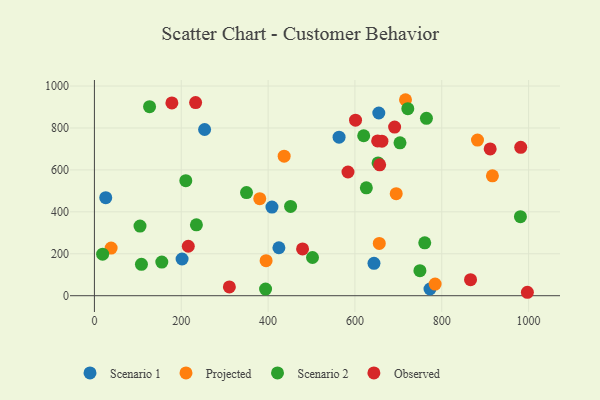
{"axis": {"x": "Investment", "y": "Salary"}, "legend": ["Observed", "Projected", "Scenario 1", "Scenario 2"], "data": [{"x": "643.9", "y": 154.7, "type": "Scenario 1"}, {"x": "655.0", "y": 871.4, "type": "Scenario 1"}, {"x": "563.5", "y": 755.9, "type": "Scenario 1"}, {"x": "253.8", "y": 792.7, "type": "Scenario 1"}, {"x": "26.1", "y": 467.4, "type": "Scenario 1"}, {"x": "201.9", "y": 175.1, "type": "Scenario 1"}, {"x": "772.9", "y": 31.9, "type": "Scenario 1"}, {"x": "408.9", "y": 422.9, "type": "Scenario 1"}, {"x": "424.9", "y": 228.7, "type": "Scenario 1"}, {"x": "656.1", "y": 249.3, "type": "Projected"}, {"x": "784.7", "y": 55.6, "type": "Projected"}, {"x": "716.5", "y": 934.7, "type": "Projected"}, {"x": "695.1", "y": 486.4, "type": "Projected"}, {"x": "395.4", "y": 167.1, "type": "Projected"}, {"x": "437.0", "y": 665.6, "type": "Projected"}, {"x": "380.8", "y": 462.6, "type": "Projected"}, {"x": "38.5", "y": 227.1, "type": "Projected"}, {"x": "882.3", "y": 742.3, "type": "Projected"}, {"x": "916.7", "y": 571.9, "type": "Projected"}, {"x": "653.3", "y": 633.4, "type": "Scenario 2"}, {"x": "764.7", "y": 845.8, "type": "Scenario 2"}, {"x": "626.3", "y": 514.3, "type": "Scenario 2"}, {"x": "451.8", "y": 426.0, "type": "Scenario 2"}, {"x": "703.8", "y": 729.2, "type": "Scenario 2"}, {"x": "502.3", "y": 182.2, "type": "Scenario 2"}, {"x": "749.7", "y": 119.6, "type": "Scenario 2"}, {"x": "350.3", "y": 492.0, "type": "Scenario 2"}, {"x": "721.8", "y": 892.1, "type": "Scenario 2"}, {"x": "394.2", "y": 31.7, "type": "Scenario 2"}, {"x": "981.2", "y": 377.0, "type": "Scenario 2"}, {"x": "105.0", "y": 332.2, "type": "Scenario 2"}, {"x": "620.2", "y": 762.8, "type": "Scenario 2"}, {"x": "18.9", "y": 198.3, "type": "Scenario 2"}, {"x": "108.3", "y": 149.7, "type": "Scenario 2"}, {"x": "760.8", "y": 252.0, "type": "Scenario 2"}, {"x": "155.2", "y": 160.4, "type": "Scenario 2"}, {"x": "210.5", "y": 548.4, "type": "Scenario 2"}, {"x": "127.0", "y": 901.4, "type": "Scenario 2"}, {"x": "234.9", "y": 337.9, "type": "Scenario 2"}, {"x": "981.9", "y": 707.9, "type": "Observed"}, {"x": "178.4", "y": 919.5, "type": "Observed"}, {"x": "216.2", "y": 236.0, "type": "Observed"}, {"x": "997.2", "y": 16.4, "type": "Observed"}, {"x": "866.3", "y": 76.3, "type": "Observed"}, {"x": "479.4", "y": 223.3, "type": "Observed"}, {"x": "691.4", "y": 804.3, "type": "Observed"}, {"x": "911.5", "y": 700.0, "type": "Observed"}, {"x": "233.1", "y": 921.2, "type": "Observed"}, {"x": "601.4", "y": 837.1, "type": "Observed"}, {"x": "584.0", "y": 590.1, "type": "Observed"}, {"x": "657.0", "y": 624.1, "type": "Observed"}, {"x": "310.8", "y": 41.7, "type": "Observed"}, {"x": "662.2", "y": 736.8, "type": "Observed"}, {"x": "652.3", "y": 738.4, "type": "Observed"}]}